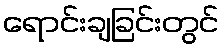
ရောင်းချခြင်းတွင်